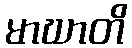
မာဃာတိ